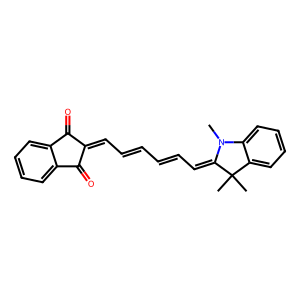
SMILES: CN1C(=CC=CC=CC=C2C(=O)c3ccccc3C2=O)C(C)(C)c2ccccc21
Inhibits HIV replication: Yes